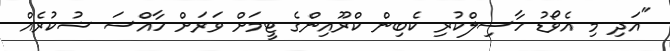
"އަދި މި އެވޯޑު ހާސިލްކުރި ކެބިން ކްރޫއިންގެ ޓީމަށް ވަރަށް ހާއްސަ ޝުކުރެއް